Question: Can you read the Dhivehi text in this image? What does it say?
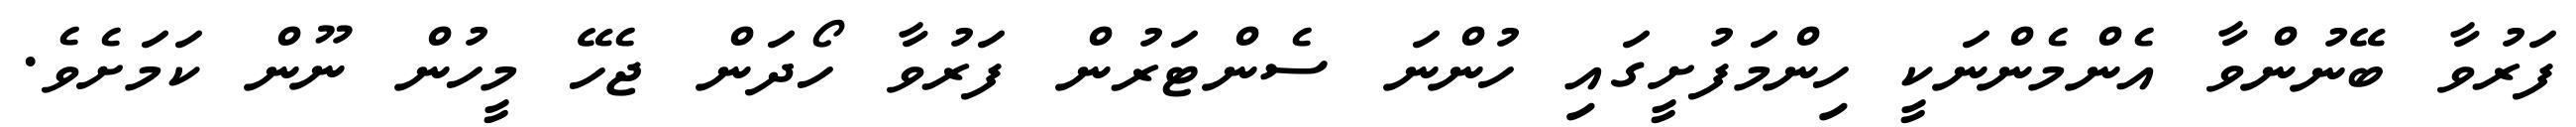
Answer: ފަރުވާ ބޭނުންވާ އެންމެންނަކީ ހިންމަފުށީގައި ހުންނަ ސެންޓަރުން ފަރުވާ ހޯދަން ޖެހޭ މީހުން ނޫން ކަމަށެވެ.